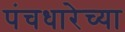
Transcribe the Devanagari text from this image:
पंचधारेच्या